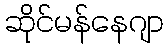
ဆိုင်မန်နေဂျာ